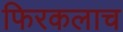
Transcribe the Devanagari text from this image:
फिरकलाच